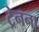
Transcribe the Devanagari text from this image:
ट्रेनना